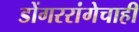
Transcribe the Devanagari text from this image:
डोंगररांगेचाही